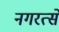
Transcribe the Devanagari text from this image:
नगरत्से